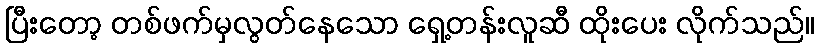
ပြီးတော့ တစ်ဖက်မှလွတ်နေသော ရှေ့တန်းလူဆီ ထိုးပေး လိုက်သည်။